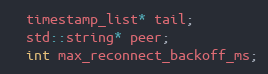
Language: C
  timestamp_list* tail;
  std::string* peer;
  int max_reconnect_backoff_ms;